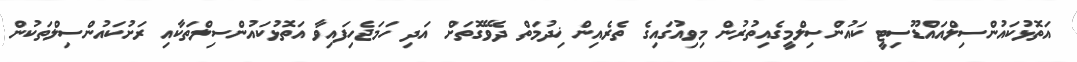
އަތޮޅުކައުންސިލްއައްޑޫސިޓީ ކައުންސިލްމީގެއިތުރުން މިވިއުގައިގެ ތެރެއިން ޚިދުމަތް ދެވޭގޮތަށް އަދި ހަމަޖެހިފައިވާ އަތޮޅުކައުންސިލްތަކާއި ރަށުކައުންސިލްތަކުން